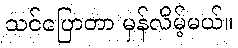
သင်ပြောတာ မှန်လိမ့်မယ်။